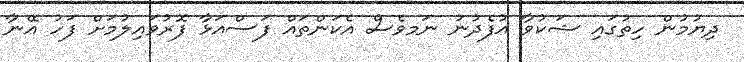
ދިޔުމުން ހިތުގައި ޝަކުވާ އުފެދުނު ނަމވެސް އެކަންތައް ފަސްއަޅާ ފޮރުވައިލުމަށް ފަހު އޭނާ